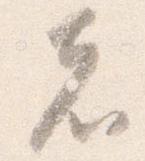
者